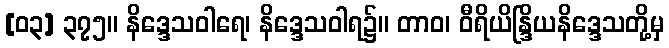
[၀၃] ၃၇၅။ နိဒ္ဒေသဝါရေ၊ နိဒ္ဒေသဝါရ၌။ တာဝ၊ ဝီရိယိန္ဒြိယနိဒ္ဒေသတို့မှ